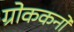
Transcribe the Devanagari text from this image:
ग्रोककनो